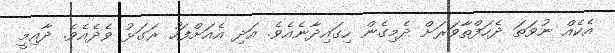
އެކެއް ނުވަތަ ދެހަފްތާވަރަށް ދެމިގެން ހިގައިދާނެއެވެ. އަދި އެއަށްފަހު ރަގަޅު ވެދެއެވެ. ދާއިމީ